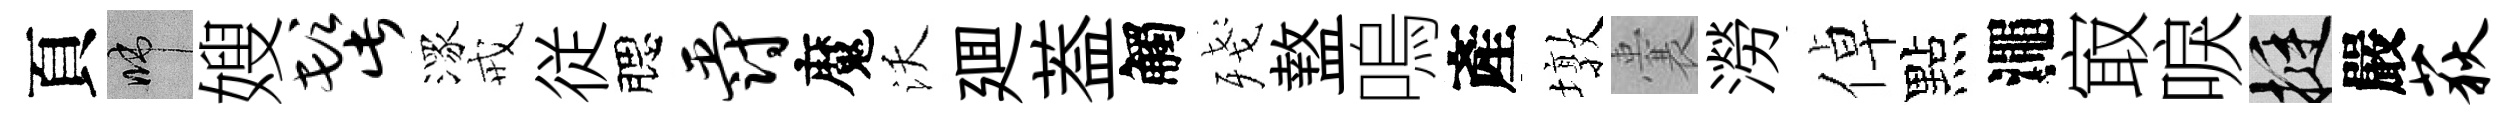
頁啼嫂髭潈戒従腮爵魔沃廽葢觸殘盩嗚產墩囊澇倬點澠㝡唳挺嚴荻